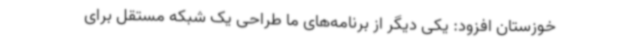
خوزستان افزود: یکی دیگر از برنامه‌های ما طراحی یک شبکه مستقل برای